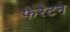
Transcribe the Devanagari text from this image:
फेरेटन